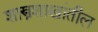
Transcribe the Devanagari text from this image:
शास्त्रशाखांतील